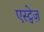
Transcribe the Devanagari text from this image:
एस्ट्वेज़